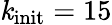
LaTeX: \mathit{k}_{\textrm{{init}}}=15